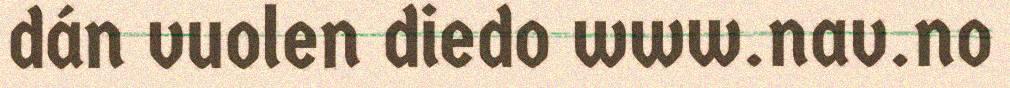
dán vuolen diedo www.nav.no